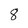
Character: 8